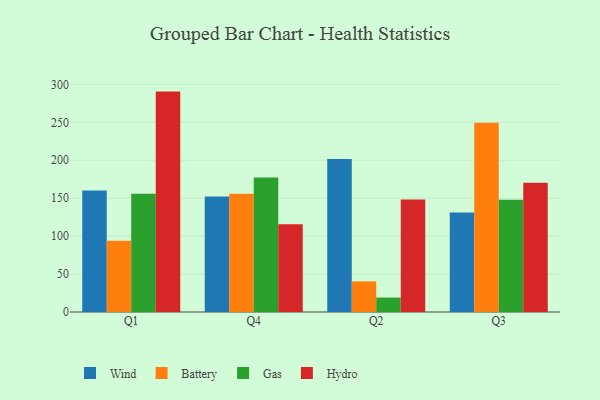
{"axis": {"x": "Quarter", "y": "Shipments"}, "legend": ["Battery", "Gas", "Hydro", "Wind"], "data": [{"x": "Q1", "y": 160.0, "type": "Wind"}, {"x": "Q1", "y": 94.0, "type": "Battery"}, {"x": "Q1", "y": 156.0, "type": "Gas"}, {"x": "Q1", "y": 290.5, "type": "Hydro"}, {"x": "Q4", "y": 152.1, "type": "Wind"}, {"x": "Q4", "y": 155.9, "type": "Battery"}, {"x": "Q4", "y": 177.4, "type": "Gas"}, {"x": "Q4", "y": 115.7, "type": "Hydro"}, {"x": "Q2", "y": 201.7, "type": "Wind"}, {"x": "Q2", "y": 40.4, "type": "Battery"}, {"x": "Q2", "y": 19.0, "type": "Gas"}, {"x": "Q2", "y": 148.2, "type": "Hydro"}, {"x": "Q3", "y": 131.0, "type": "Wind"}, {"x": "Q3", "y": 249.3, "type": "Battery"}, {"x": "Q3", "y": 148.1, "type": "Gas"}, {"x": "Q3", "y": 170.3, "type": "Hydro"}]}